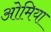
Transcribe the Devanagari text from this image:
ओमिया